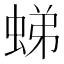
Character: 𧋘